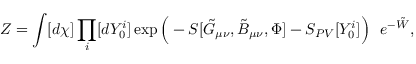
Z = \int [ d \chi ] \prod _ { i } [ d Y _ { 0 } ^ { i } ] \exp \Big ( - S [ \tilde { G } _ { \mu \nu } , \tilde { B } _ { \mu \nu } , \Phi ] - S _ { P V } [ Y _ { 0 } ^ { i } ] \Big ) \ \ e ^ { - \tilde { W } } , \nonumber \,